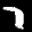
Label: 7